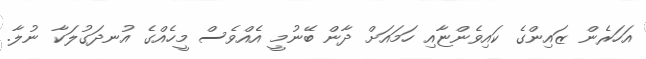
އަހަރެން ޒައިންގެ ކައިވެންޏާއި ހަމައަށް ދާން ބޭނުމީ އެއްވެސް މީހެއްގެ އުނދަގުލަކާ ނުލާ.